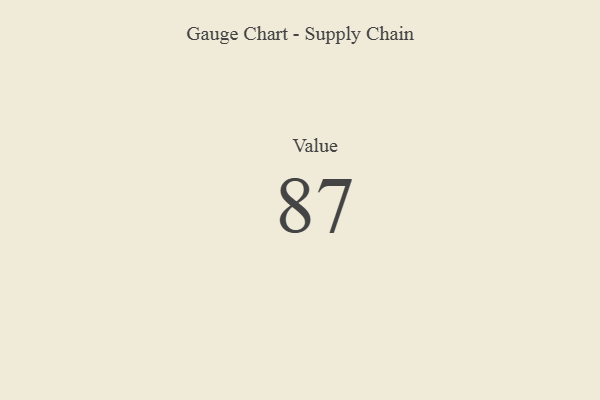
{"axis": {"x": "Metric", "y": "Value"}, "legend": [""], "data": [{"x": "Value", "y": 87, "type": ""}]}